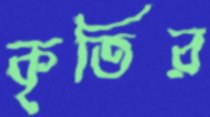
কৃতির